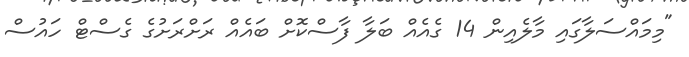
"މިމައްސަލާގައި މާލެއިން 14 ގެއެއް ބަލާ ފާސްކޮށް ބައެއް ރަށްރަށުގެ ގެސްޓް ހައުސް